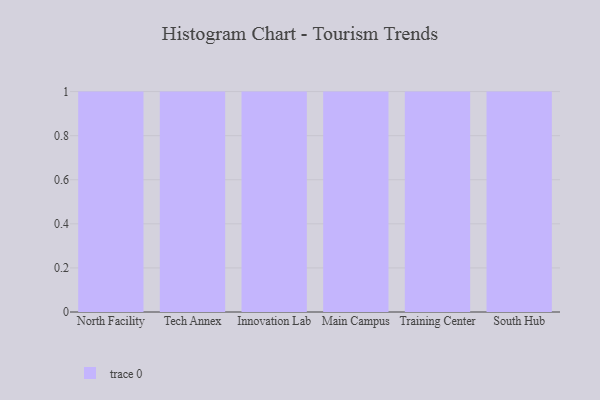
{"axis": {"x": "Campus", "y": "Revenue (USD Million)"}, "legend": [""], "data": [{"x": "North Facility", "y": 61, "type": ""}, {"x": "Tech Annex", "y": 95, "type": ""}, {"x": "Innovation Lab", "y": 38, "type": ""}, {"x": "Main Campus", "y": 35, "type": ""}, {"x": "Training Center", "y": 98, "type": ""}, {"x": "South Hub", "y": 92, "type": ""}]}